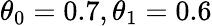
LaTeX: \theta_{0}=0.7,\theta_{1}=0.6